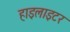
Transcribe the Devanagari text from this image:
हाइलाइटर